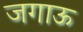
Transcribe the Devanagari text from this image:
जगाऊ